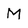
Character: M